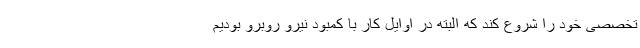
تخصصی خود را شروع کند که البته در اوایل کار با کمبود نیرو روبرو بودیم